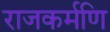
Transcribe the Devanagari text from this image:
राजकर्मणि